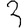
Digit: 3